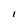
Character: l